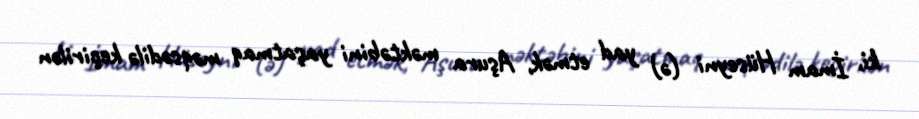
ki, İmam Hüseyni (ə) yad etmək, Aşura məktəbini yaşatmaq məqsədilə keçirilən